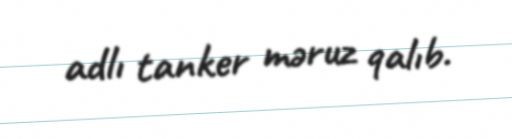
adlı tanker məruz qalıb.